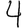
Digit: 4